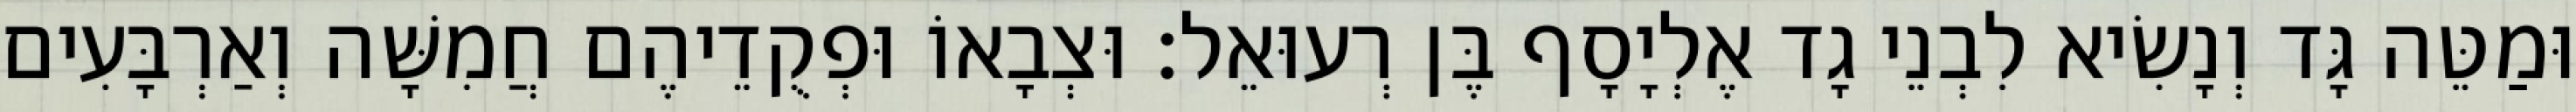
וּמַטֵּה גָּד וְנָשִׂיא לִבְנֵי גָד אֶלְיָסָף בֶּן רְעוּאֵל׃ וּצְבָאוֹ וּפְקֻדֵיהֶם חֲמִשָּׁה וְאַרְבָּעִים